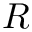
R _ { \rightmoon }